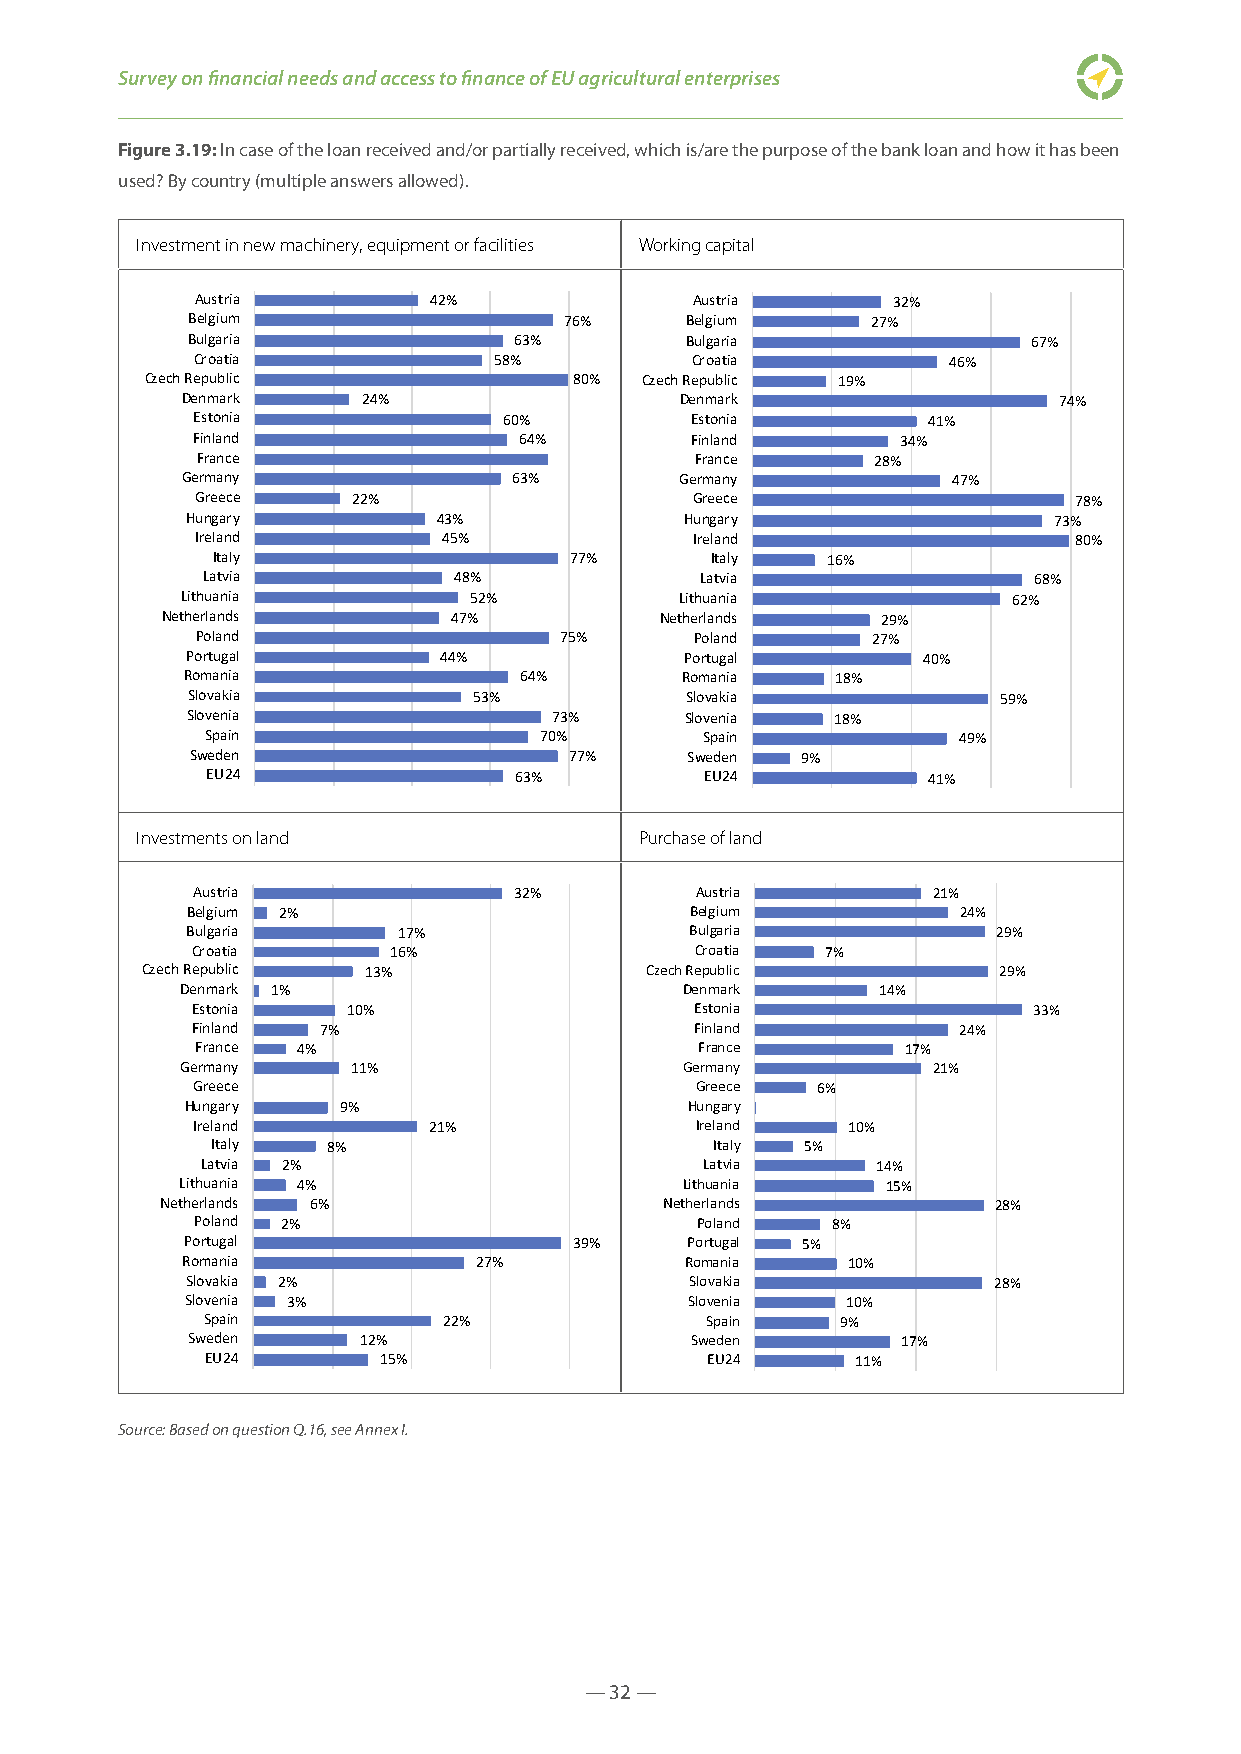
Survey on financial needs and access to finance of EU agricultural enterprises
 Figure 3.19: In case of the loan received and/or partially received, which is/are the purpose of the bank loan and how it has been
 used? By country (multiple answers allowed).
 Investment in new machinery, equipment or facilities Working capital
 Austria        42%               Austria      32%
 Belgium                  76%     Belgium      27%
 Bulgaria              63%        Bulgaria               67%
 Croatia             58%          Croatia          46%
 Czech Republic              80% Czech Republic 19%
 Denmark     24%                  Denmark                  74%
 Estonia             60%          Estonia        41%
 Finland              64%         Finland       34%
 France                           France      28%
 Germany               63%        Germany           47%
 Greece    22%                    Greece                   78%
 Hungary          43%             Hungary                  73%
 Ireland         45%              Ireland                  80%
 Italy                   77%      Italy   16%
 Latvia           48%             Latvia                68%
 Lithuania          52%           Lithuania             62%
 Netherlands        47%           Netherlands   29%
 Poland                  75%      Poland      27%
 Portugal         44%             Portugal        40%
 Romania               64%        Romania   18%
 Slovakia           53%           Slovakia             59%
 Slovenia                 73%     Slovenia  18%
 Spain                 70%        Spain           49%
 Sweden                   77%    Sweden  9%
 EU24                63%          EU24          41%
 Investments on land              Purchase of land
 Austria              32%         Austria         21%
 Belgium 2%                        Belgium          24%
 Bulgaria      17%                 Bulgaria            29%
 Croatia      16%                 Croatia  7%
 Czech Republic 13%                Czech Republic         29%
 Denmark 1%                       Denmark      14%
 Estonia   10%                    Estonia               33%
 Finland 7%                       Finland          24%
 France 4%                        France        17%
 Germany    11%                   Germany          21%
 Greece                           Greece  6%
 Hungary   9%                     Hungary
 Ireland        21%               Ireland   10%
 Italy   8%                       Italy 5%
 Latvia 2%                         Latvia     14%
 Lithuania 4%                     Lithuania     15%
 Netherlands 6%                   Netherlands           28%
 Poland 2%                        Poland   8%
 Portugal                  39%    Portugal 5%
 Romania            27%           Romania    10%
 Slovakia 2%                       Slovakia            28%
 Slovenia 3%                       Slovenia  10%
 Spain           22%               Spain    9%
 Sweden      12%                   Sweden        17%
 EU24       15%                   EU24      11%
 Source: Based on question Q.16, see Annex I.
 — 32 —